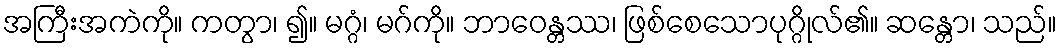
အကြီးအကဲကို။ ကတွာ၊ ၍။ မဂ္ဂံ၊ မဂ်ကို။ ဘာဝေန္တဿ၊ ဖြစ်စေသောပုဂ္ဂိုလ်၏။ ဆန္တော၊ သည်။